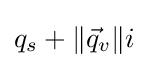
q_{s}+\lVert {\vec {q}}_{v}\rVert i